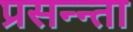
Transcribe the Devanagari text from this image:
प्रसन्न्ता